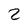
Character: 2